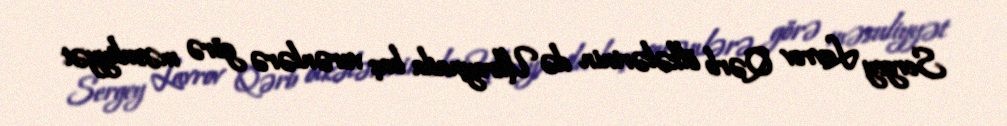
Sergey Lavrov Qərb ölkələrinin də Ukraynada baş verənlərə görə məsuliyyət